Malaria in the Andamans - Number 56
Disease focus: Malaria
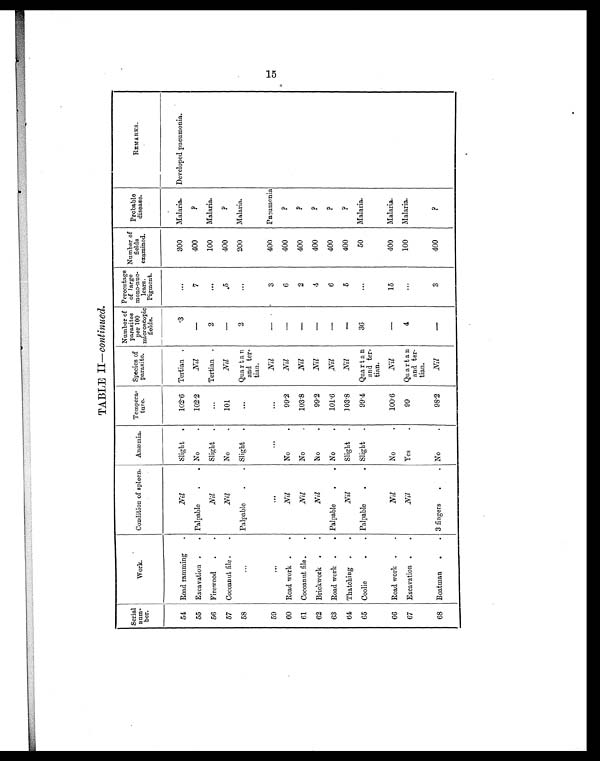
TABLE II— continued.
Serial
num-
bor.
Work.
Condition of spleen. Anæmia. Tempera-
ture.
Species of
parasite .
Number of
p a r a s i t e s
per 100
microscopic
fields.
Percentage
of large
mono-nue-
learn.
Pigment.
Number of
fields
examined.
P r o b a b l e
disease.
REMARKS.
54 Road ramming
.
Nil
Slight .
102.6 Tertian .
. 3
. . .
300
Malaria.
Developed pneumonia.
55 Excavation .
. Palpable
.
. No
.
102.2
Nil
—
7
400
?
56 Firewood
.
.
Nil
Slight
.
...
Tertian .
2
. . .
100
Malaria.
57 Cocoanut file .
.
Nil
No
.
101
Nil
—
.5
400
?
58
...
Palpable
.
. Slight .
.. .
Quartan
and ter-
tian.
2
. . .
200
Malaria.
59
...
...
...
...
Nil —
3
400
Pneumonia
60 Road work .
.
Nil
No
.
99.2
Nil
—
6
400
?
61 Cocoanut file .
.
Nil
No
.
103.8
Nil
—
2
400
?
62 Brickwork .
.
Nil
No
.
99.2
Nil
—
4
400
?
63 Road work
. . Palpable
.
. No
.
101.6
Nil
—
6
400
?
64 Thatching .
.
Nil
Slight .
1 0 3 . 8
Nil
—
5
400
?
65 Coolie
.
. Palpable
.
. Slight .
99.4 Quartan
and ter-
tian.
36
. . .
50
Malaria.
66 Road work .
.
Nil
No
.
100.6
Nil
—
15
400
Malaria.
67 Excavation .
.
Nil
Yes
.
99
Quartan
and ter-
tian.
4
. . .
100
Malaria.
68 Boatman
.
. 3 fingers
.
. No
.
98.2
Nil
—
3
400
?
15